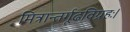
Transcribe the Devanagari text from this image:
मित्रान्तर्गूढविग्रहः।